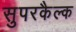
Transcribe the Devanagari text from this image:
सुपरकैल्क